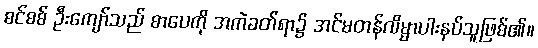
စင်စစ် ဦးကျော်သည် စာပေကို အကဲခတ်ရာ၌ အင်မတန်လိမ္မာပါးနပ်သူဖြစ်၏။